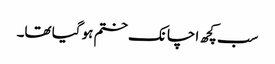
سب کچھ اچانک ختم ہو گیا تھا۔